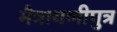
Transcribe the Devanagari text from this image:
मैत्रायणीपुत्र